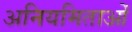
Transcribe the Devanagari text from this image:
अनियमिताओं